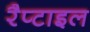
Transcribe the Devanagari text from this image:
रैप्टाइल